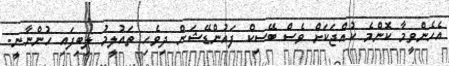
އެހެންވީމާ ކޮންމެ ކުއްޖަކަށް ވެސް ބޭސިކް ފައުންޑޭޝަން ދިވެހި ތައުލީމު ލިބިފައި ހުންނާނީ.